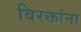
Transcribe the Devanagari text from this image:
विरक्तांना